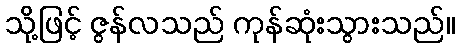
သို့ဖြင့် ဇွန်လသည် ကုန်ဆုံးသွားသည်။